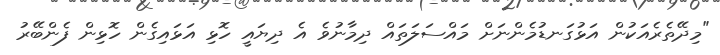
"މިދޭތެރެއަކުން އަޅުގަނޑުމެންނަށް މައްސަލަތައް ދިމާނުވެ އެ ދިޔައީ ހޮޅި އަޅައިގެން ހޮޅިން ފެންބޭރު